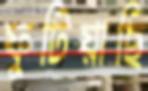
ফুটিয়াছি